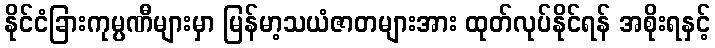
နိုင်ငံခြားကုမ္ပဏီများမှာ မြန်မာ့သယံဇာတများအား ထုတ်လုပ်နိုင်ရန် အစိုးရနှင့်